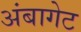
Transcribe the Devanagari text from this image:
अंबागेट